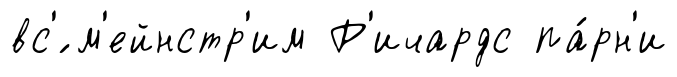
вс'́ м'ейнстр'им Р'ичардс па́рн'и